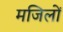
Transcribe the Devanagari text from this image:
मजिलों